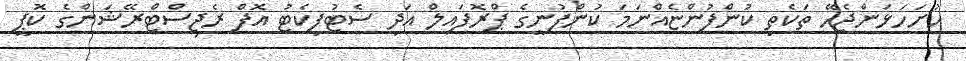
ހުށަހަޅަންޖެހޭ ތަކެތި ކުންފުންޏެއްނަމަ ކުންފުނީގެ ޕްރޮފައިލް އަދި ސެޓުފިކެޓު އޮފް ރެޖިސްޓްރޭޝަންގެ ކޮޕީ